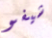
شيفو